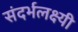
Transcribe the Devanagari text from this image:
संदर्भलक्ष्यी